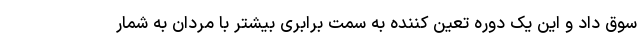
سوق داد و این یک دوره تعین کننده به سمت برابری بیشتر با مردان به شمار